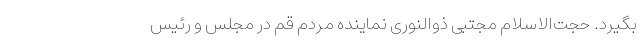
بگیرد. حجت‌الاسلام مجتبی ذوالنوری نماینده مردم قم در مجلس و رئیس